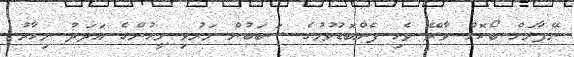
ނޭޕާލަށް ބޯކޮށް ވާރޭ ވެހި ފެންބޮޑުވުމުގެ ސަބަބުން މަރުވި މީހުންގެ އަދަދު މިހާރު